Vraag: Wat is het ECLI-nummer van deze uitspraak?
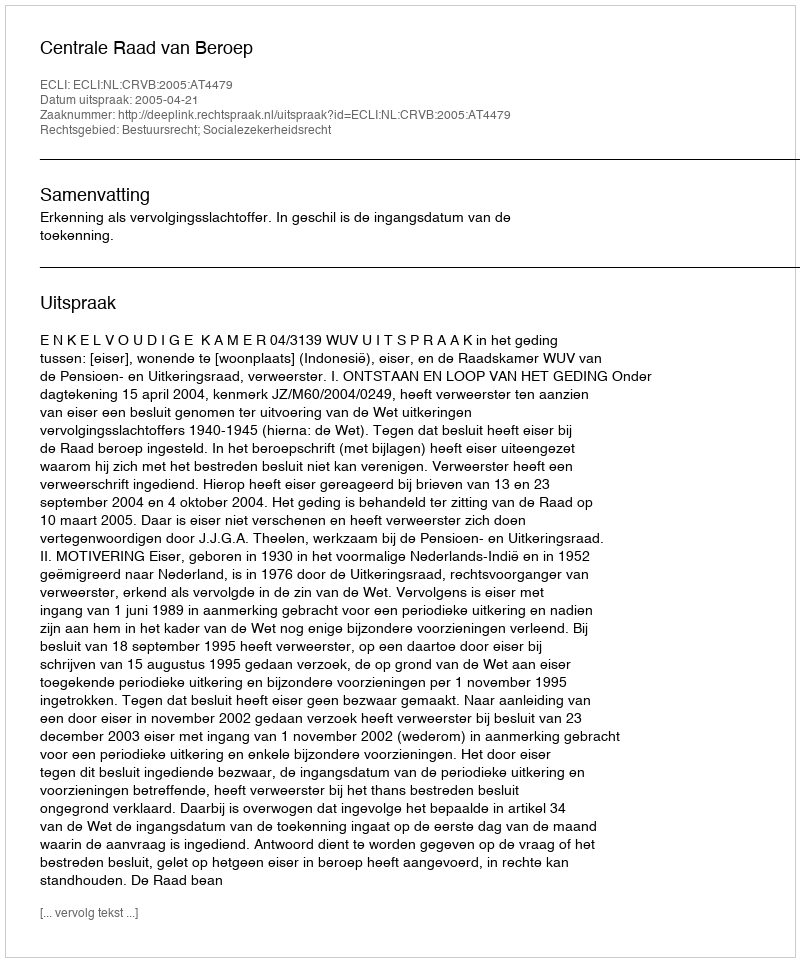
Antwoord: ECLI:NL:CRVB:2005:AT4479